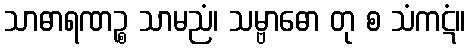
သာဓာရဏဉ္စ သာမညံ၊ သမ္ဗာဓော တု စ သံကဋံ။